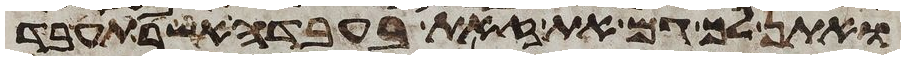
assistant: ואתן לך גם את זאת בעבדה אשר תעבד